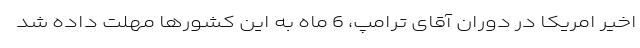
اخیر امریکا در دوران آقای ترامپ، 6 ماه به این کشورها مهلت داده شد